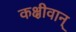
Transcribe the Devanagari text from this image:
कक्षीवान्‌